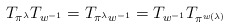
\begin{align*} T_{\pi^\lambda} T_{w^{-1}} = T_{\pi^\lambda w^{-1}} =T_{w^{-1}} T_{\pi^{w\left(\lambda\right)}} \end{align*}